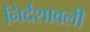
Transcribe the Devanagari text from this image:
निर्देशावली